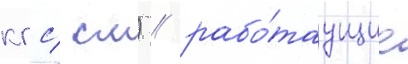
кгс/ см) / рабо́таущие